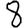
Digit: 8